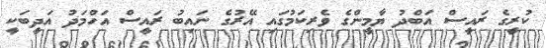
ކުރީގެ ރައީސް އަބްދު ޔާމީންގެ ވެރިކަމުގައި އޭރުގެ ނައިބު ރައީސް އަހްމަދު އަދީބަކީ